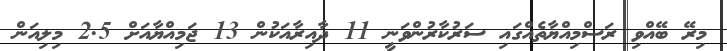
މިރޭ ބޭއްވި ރަސްމިއްޔާތެއްގައި ސަރުކާރުންވަނީ 11 ދާއިރާއަކުން 13 ޖަމިއްޔާއަށް 2.5 މިލިއަން